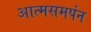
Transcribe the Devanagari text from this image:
आत्मसमर्पन